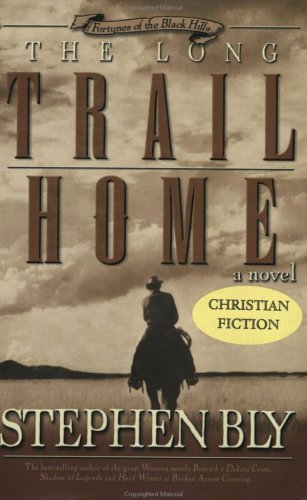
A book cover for The Long Trail Home (Fortunes of the Black Hills, Book 3); Stephen A. Bly; Religion & Spirituality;